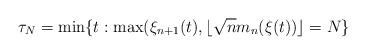
LaTeX: \begin{align*}\tau_N=\min\{t: \max(\xi_{n+1}(t), \lfloor \sqrt{n}m_n(\xi(t)) \rfloor =N\}\end{align*}